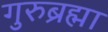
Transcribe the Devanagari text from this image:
गुरुब्रह्मा